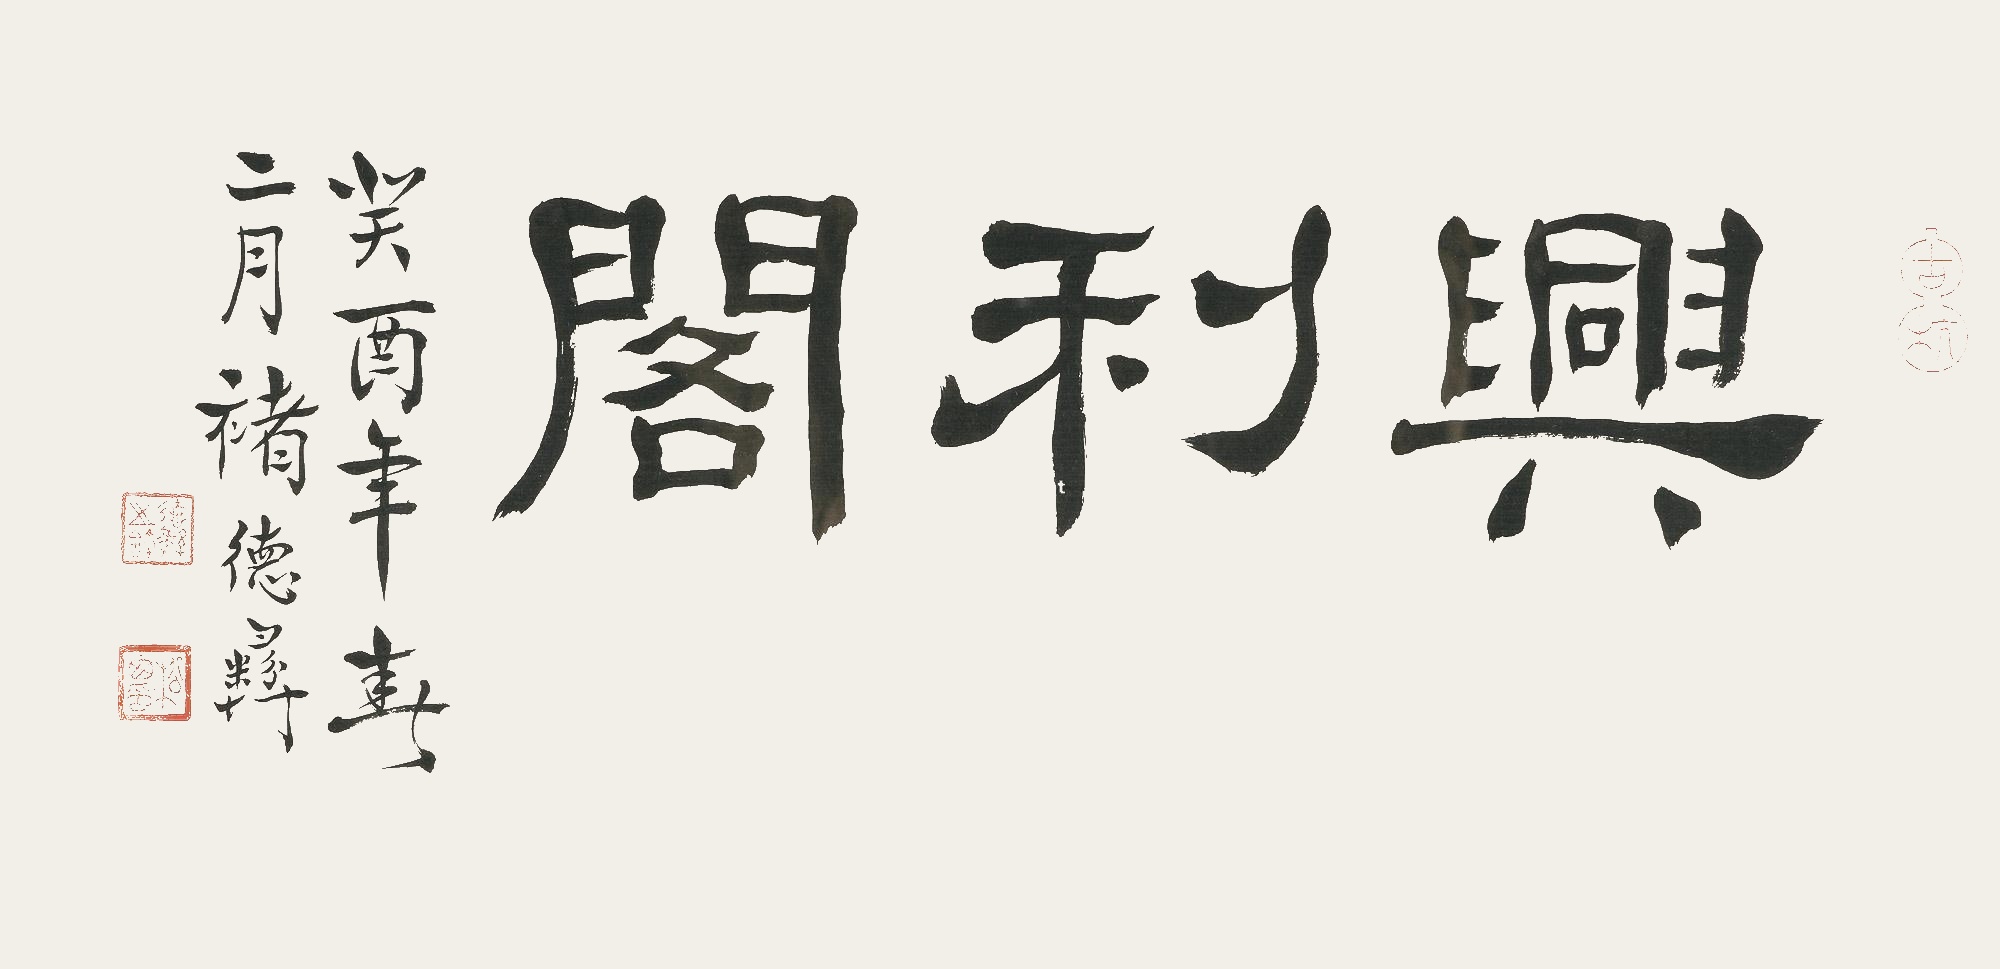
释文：兴利阁。癸酉年春二月，褚德彝。